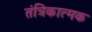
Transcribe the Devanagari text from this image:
तंत्रिकात्मक